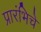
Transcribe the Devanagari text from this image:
प्रारंभिचे